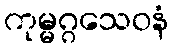
ကုမ္မဂ္ဂသေဝနံ